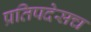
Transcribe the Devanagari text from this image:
प्रतिपदेसच